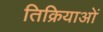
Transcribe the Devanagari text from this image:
तिक्रियाओं